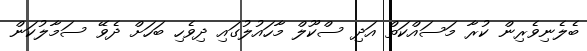
ބެލެނިވެރިން ކުރާ މަސައްކަތް އަދި ސްކޫލް މާހައުލުގައި ދިވެހި ބަހަށް ދެވޭ ސަމާލުކަން